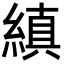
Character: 縝